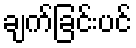
ချက်ခြင်းပင်